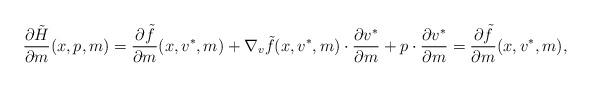
LaTeX: \begin{align*} \frac{\partial \tilde H}{\partial m}(x,p,m)= \frac{\partial \tilde f}{\partial m} (x,v^*,m) + \nabla_v \tilde f (x,v^*,m) \cdot \frac{\partial v^*}{\partial m}+ p \cdot \frac{\partial v^*}{\partial m} = \frac{\partial \tilde f}{\partial m} (x,v^*,m) ,\end{align*}